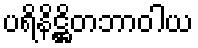
ပရိနိဋ္ဌိတဘာဝါယ